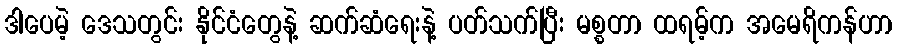
ဒါပေမဲ့ ဒေသတွင်း နိုင်ငံတွေနဲ့ ဆက်ဆံရေးနဲ့ ပတ်သက်ပြီး မစ္စတာ ထရမ့်က အမေရိကန်ဟာ